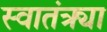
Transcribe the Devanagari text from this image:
स्वातंत्र्या